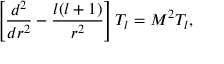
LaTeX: \left[ { \frac { d ^ { 2 } } { d r ^ { 2 } } } - { \frac { l ( l + 1 ) } { r ^ { 2 } } } \right] T _ { l } = M ^ { 2 } T _ { l } ,